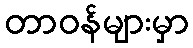
တာဝန်များမှာ